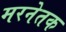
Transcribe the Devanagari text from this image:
मरनेतक